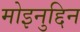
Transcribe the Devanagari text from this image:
मोइनुद्दिन